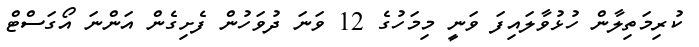
ކުރިމަތިލާން ހުޅުވާލައިފަ ވަނީ މިމަހުގެ 12 ވަނަ ދުވަހުން ފެށިގެން އަންނަ އޯގަސްޓް